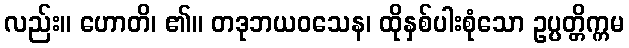
လည်း။ ဟောတိ၊ ၏။ တဒုဘယဝသေန၊ ထိုနှစ်ပါးစုံသော ဥပ္ပတ္တိက္ကမ